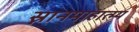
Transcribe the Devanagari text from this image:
स्नानमाहात्म्य